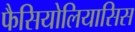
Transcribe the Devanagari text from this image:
फैसियोलियासिस